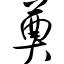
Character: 奠